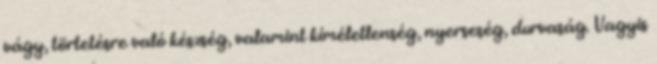
vágy, törtetésre való készség, valamint kíméletlenség, nyerseség, durvaság. Vagyis